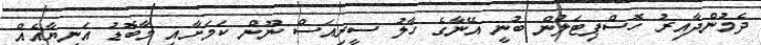
ދެމުންދާއިރު ހޮސްޕިޓަލުން ބުނީ އޭނާގެ ހާލު ސީރިއަސް ނޫން ކަަމަށާއި މާބޮޑު އަނިޔާއެއް